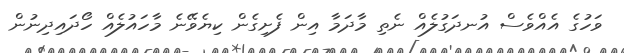
ވަހުގެ އެއްވެސް އުނދަގުލެއް ނެތި މާދަމާ އިން ފެށިގެން ކިޔެވޭނެ މާހައުލެއް ހޯދައިދިނުން